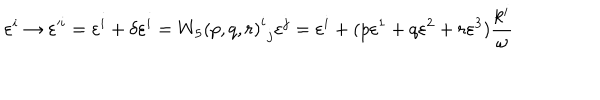
\varepsilon ^ { i } \rightarrow { \varepsilon ^ { i } } = \varepsilon ^ { i } + \delta \varepsilon ^ { i } = { { W _ { 5 } ( p , q , r ) } ^ { i } } _ { j } \varepsilon ^ { j } = \varepsilon ^ { i } + ( p \varepsilon ^ { 1 } + q \varepsilon ^ { 2 } + r \varepsilon ^ { 3 } ) \frac { k ^ { i } } { \omega }